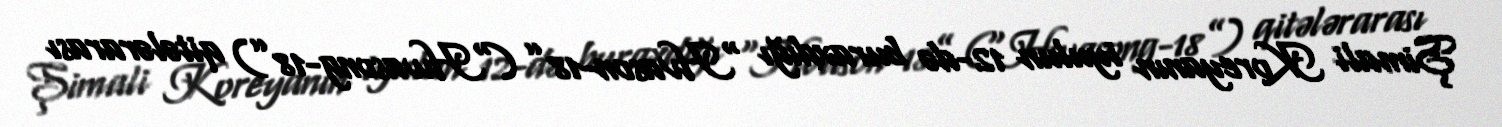
Şimali Koreyanın iyulun 12-də buraxdığı “Hvason-18” (“Hwasong-18”) qitələrarası